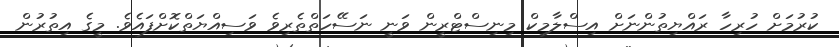
ކުރުމަށް ހުރިހާ ރައްޔިތުންނަށް އިސްލާމިކް މިނިސްޓްރީން ވަނީ ނަސޭހަތްތެރިވެ ވަސިއްޔަތްކޮށްފައެވެ. މީގެ އިތުރުން